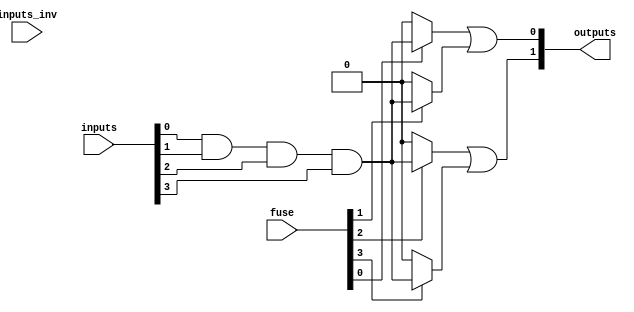
module FusedPAL #(parameter N = 4, M = 2, P = 4) (
    input wire [N-1:0] inputs,         // N input signals
    input wire [N-1:0] inputs_inv,     // Inverted inputs for AND array
    input wire [P-1:0] fuse,            // Fuse connections for AND gates
    output wire [M-1:0] outputs         // M output signals
);

// Programmable AND array
wire [P-1:0] and_out; // Outputs from AND gates

// Generate AND gates based on fuse connections
genvar i;
generate
    for (i = 0; i < P; i = i + 1) begin : and_array
        assign and_out[i] = (fuse[i]) ? (inputs[0] & inputs[1] & inputs[2] & inputs[3]) : 1'b0; // Example AND gate logic
    end
endgenerate

// Fixed OR array
assign outputs[0] = and_out[0] | and_out[1]; // Example OR gate logic for output 0
assign outputs[1] = and_out[2] | and_out[3]; // Example OR gate logic for output 1

endmodule